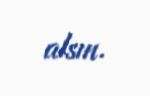
alsın.